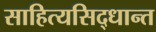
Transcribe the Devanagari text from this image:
साहित्यसिद्धान्त